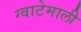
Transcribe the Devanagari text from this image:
ग्वाटेमाली